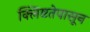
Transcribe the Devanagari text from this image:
क्लिष्टतेपासून